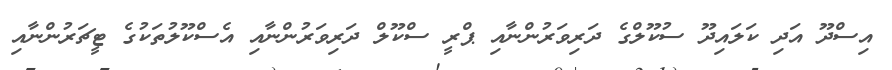
އިސްދޫ އަދި ކަލައިދޫ ސުކޫލްގެ ދަރިވަރުންނާއި ޕްރީ ސްކޫލް ދަރިވަރުންނާއި އެސްކޫލުތަކުގެ ޓީޗަރުންނާއި